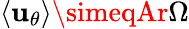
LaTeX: \langle\mathbf{u}_{\theta}\rangle\simeqAr\Omega